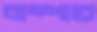
বাম্পারে